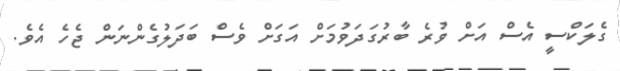
ގެލަކްސީ އެސް އަށް ވުރެ ބާރުގަދަވުމަށް އަގަށް ވެސް ބަދަލުގެންނަން ޖެހެ އެވެ.